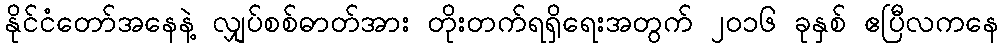
နိုင်ငံတော်အနေနဲ့ လျှပ်စစ်ဓာတ်အား တိုးတက်ရရှိရေးအတွက် ၂၀၁၆ ခုနှစ် ဧပြီလကနေ